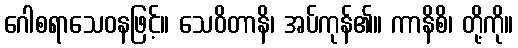
ဂေါစရာသေဝနဖြင့်။ သေဝိတာနိ၊ အပ်ကုန်၏။ ကာနိစိ၊ တို့ကို။